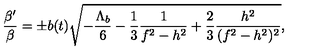
\frac { \beta ^ { \prime } } { \beta } = \pm b ( t ) \sqrt { - \frac { \Lambda _ { b } } { 6 } - \frac { 1 } { 3 } \frac { 1 } { f ^ { 2 } - h ^ { 2 } } + \frac { 2 } { 3 } \frac { h ^ { 2 } } { ( f ^ { 2 } - h ^ { 2 } ) ^ { 2 } } } ,